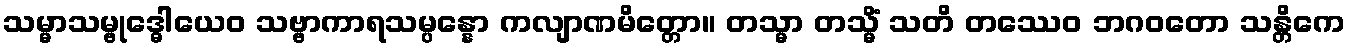
သမ္မာသမ္ဗုဒ္ဓေါယေဝ သဗ္ဗာကာရသမ္ပန္နော ကလျာဏမိတ္တော။ တသ္မာ တသ္မိံ သတိ တဿေဝ ဘဂဝတော သန္တိကေ